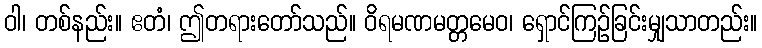
ဝါ၊ တစ်နည်း။ ဧတံ၊ ဤတရားတော်သည်။ ဝိရမဏမတ္တမေဝ၊ ရှောင်ကြဉ်ခြင်းမျှသာတည်း။